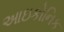
આઇકોનિક